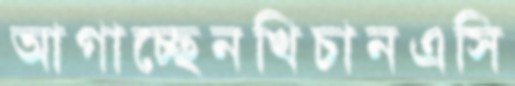
আগাচ্ছেনখিচানএসি